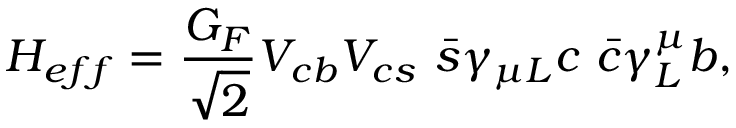
H _ { e f f } = { \frac { G _ { F } } { \sqrt { 2 } } } V _ { c b } V _ { c s } \ \bar { s } \gamma _ { \mu L } c \ \bar { c } \gamma _ { L } ^ { \mu } b ,